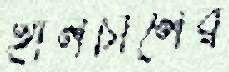
হালচালের